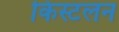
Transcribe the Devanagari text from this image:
किस्टलन